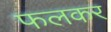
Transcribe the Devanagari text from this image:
फलकर